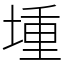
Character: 堹